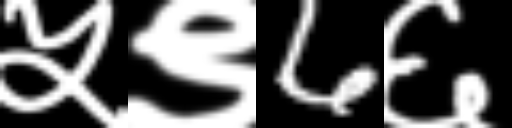
Text: ५९6६